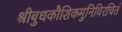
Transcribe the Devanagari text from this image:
श्रीबुधकौशिकमुनिविरचितं